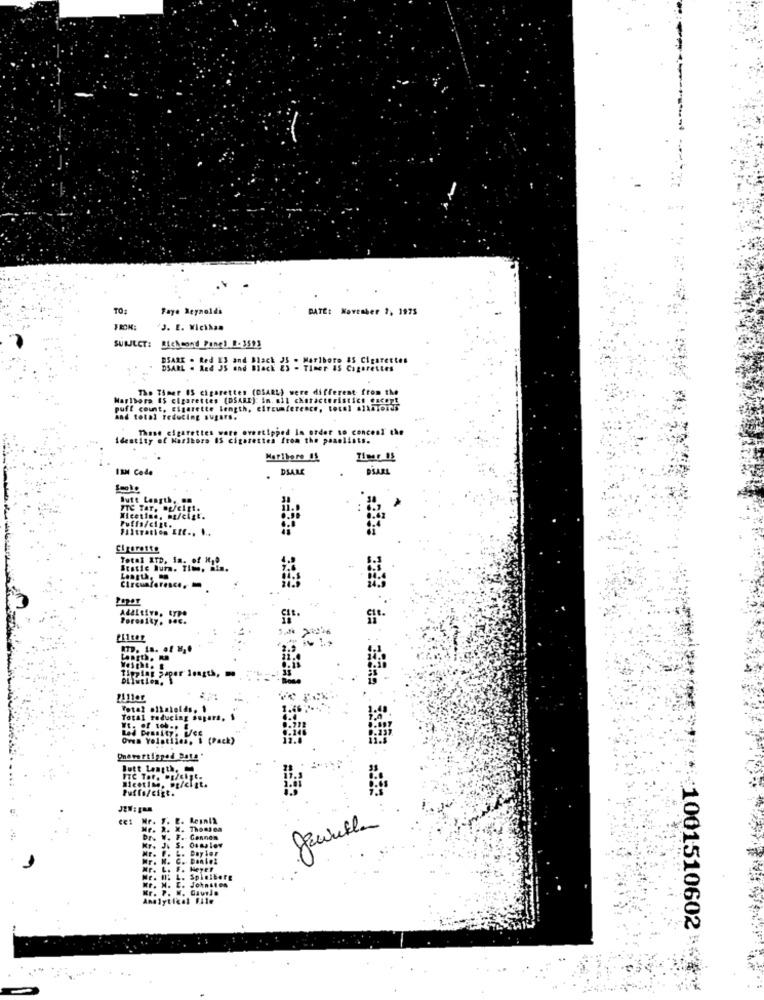
TO:
Faye Reynoldi
DATE: November 7, 1975
FROM:
23. E. Wichhan
SUBJECT: Richmond Panel R. 3592
Marlboro a5 Cigarettes
BRARE : Rea 35 and Black 23 - TIMer IS Cigarettes
The Timer IS cigarettes (DSARL) were di
Marlboro 45 cigarettes (DSARE): in. all characteristi
from
puff count. Einarette length, circumference, tocai
and total reducing sugars.
BI che
Identity of Haribore IS cigarettes from the pa
Marlboro Of
IBM Code
DSARE
Butt Length. ..
TTC TAT, Op/citt.
Micetino, ma/ciat.
Puffs/cist.
Filtration LIC .. ...
Cigarette
Total ITD, In. of Ha?
Ststie hun. Time, min.
Circumference,
Porosity, b.c.
Weight. #
Tipping paper length,
Dilution.
Total reducing supers.
Oves Yolatiina, $ (Pack)
Butt Length.
Micetime, @p/cit.
Puffo/cigt.
Conne
1001510602